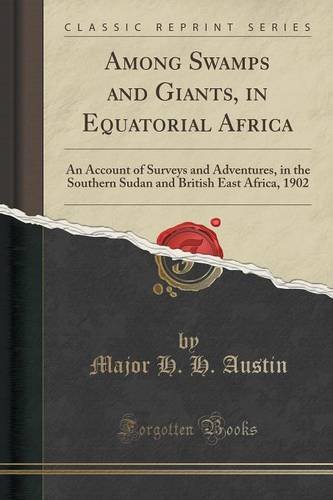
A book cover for Among Swamps and Giants, in Equatorial Africa: An Account of Surveys and Adventures, in the Southern Sudan and British East Africa, 1902 (Classic Reprint); Major H. H. Austin; Travel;